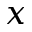
x